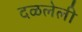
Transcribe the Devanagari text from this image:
दळलेली